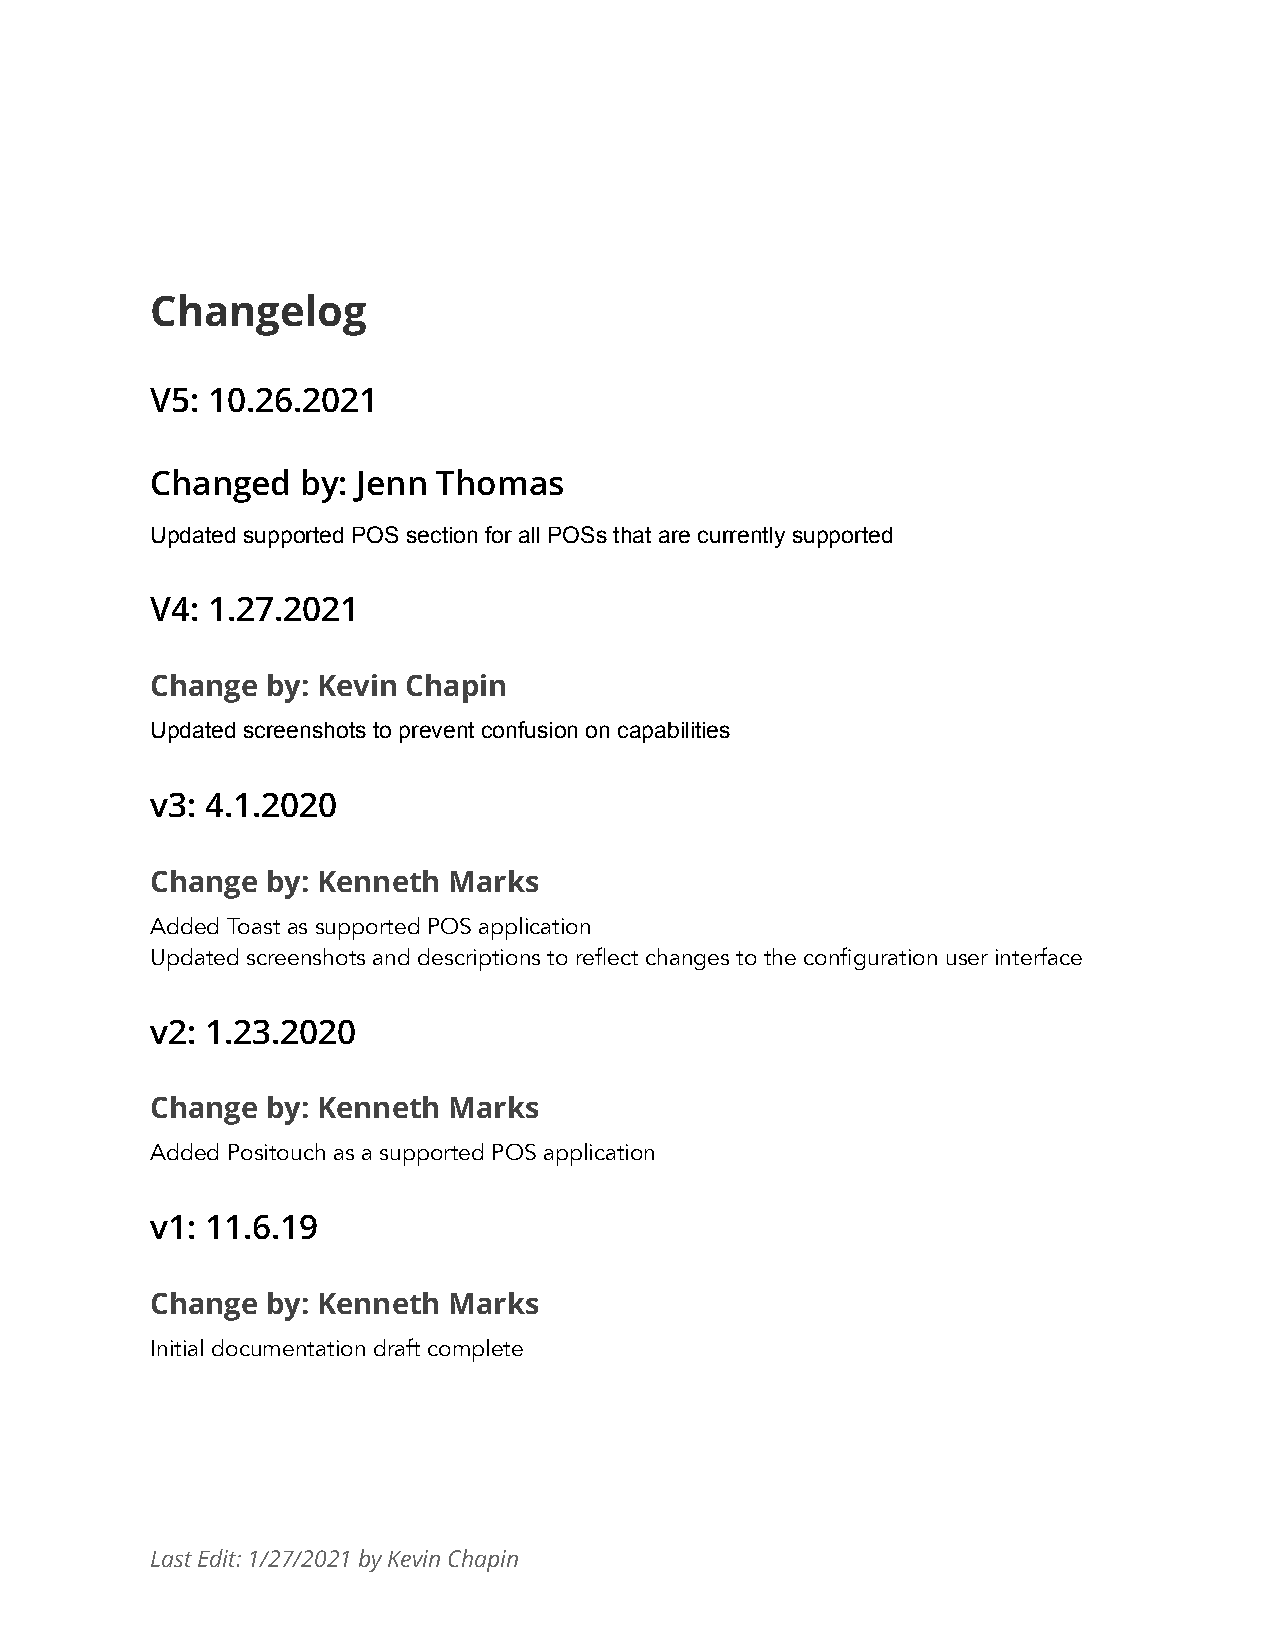
Changelog
 V5: 10.26.2021
 Changed   by: Jenn Thomas
 Updated supported POS section for all POSs that are currently supported
 V4: 1.27.2021
 Change  by: Kevin Chapin
 Updated screenshots to prevent confusion on capabilities
 v3: 4.1.2020
 Change  by: Kenneth Marks
 Added Toast as supported POS application
 Updated screenshots and descriptions to reflect changes to the configuration user interface
 v2: 1.23.2020
 Change  by: Kenneth Marks
 Added Positouch as a supported POS application
 v1: 11.6.19
 Change  by: Kenneth Marks
 Initial documentation draft complete
 Last Edit: 1/27/2021 by Kevin Chapin